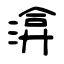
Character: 渰